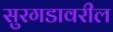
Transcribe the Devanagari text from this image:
सुरगडावरील